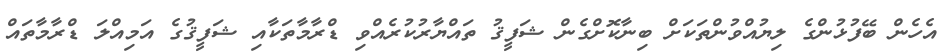
އެހެން ބޭފުޅުންގެ ލިޔުއްވުންތަކަށް ބިނާކޮށްގެން ޝަފީޤު ތައްޔާރުކުރެއްވި ޑްރާމާތަކާއި ޝަފީޤުގެ އަމިއްލަ ޑްރާމާތައް